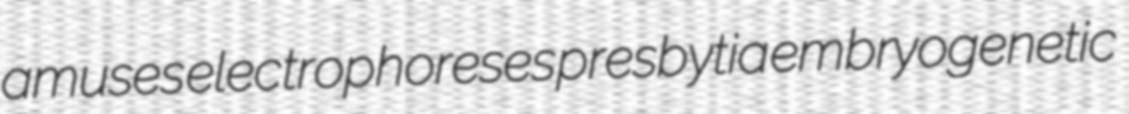
amuses electrophoreses presbytia embryogenetic